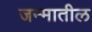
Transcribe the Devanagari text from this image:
जन्‍मातील